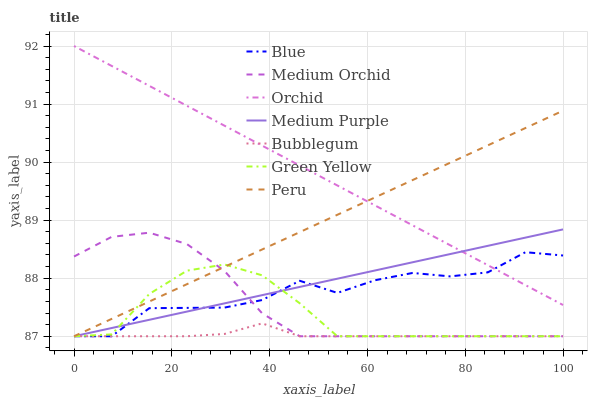
| xaxis_label | Blue | Medium Orchid | Orchid | Medium Purple | Bubblegum | Green Yellow | Peru |
 | --- | --- | --- | --- | --- | --- | --- | --- |
 | 0 | 87 | 88.4 | 92 | 87 | 87 | 87 | 87 |
 | 7.69 | 87 | 88.7 | 91.7 | 87.1 | 87 | 87 | 87.3 |
 | 15.4 | 87.5 | 88.8 | 91.3 | 87.3 | 87 | 87.7 | 87.6 |
 | 23.1 | 87.5 | 88.6 | 91 | 87.4 | 87 | 88.1 | 87.9 |
 | 30.8 | 87.5 | 88.1 | 90.6 | 87.6 | 87 | 88.2 | 88.2 |
 | 38.5 | 87.6 | 87.4 | 90.3 | 87.7 | 87.2 | 88 | 88.5 |
 | 46.2 | 88 | 87 | 89.9 | 87.8 | 87 | 87.6 | 88.8 |
 | 53.8 | 87.7 | 87 | 89.6 | 88 | 87 | 87 | 89.1 |
 | 61.5 | 88 | 87 | 89.3 | 88.1 | 87 | 87 | 89.4 |
 | 69.2 | 88.1 | 87 | 88.9 | 88.3 | 87 | 87 | 89.7 |
 | 76.9 | 88 | 87 | 88.6 | 88.4 | 87 | 87 | 90 |
 | 84.6 | 88.1 | 87 | 88.2 | 88.6 | 87 | 87 | 90.3 |
 | 92.3 | 88.4 | 87 | 87.9 | 88.7 | 87 | 87 | 90.6 |
 | 100 | 88.4 | 87 | 87.5 | 88.8 | 87 | 87 | 90.9 |